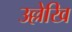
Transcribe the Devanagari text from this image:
उल्लेखि